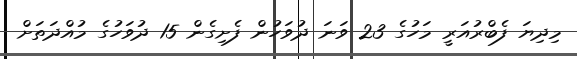
މިދިޔަ ފެބްރުއަރީ މަހުގެ 23 ވަނަ ދުވަހުން ފެށިގެން 15 ދުވަހުގެ މުއްދަތަށް